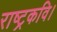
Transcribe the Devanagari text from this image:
राष्ट्रकवि।